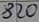
Text: 820